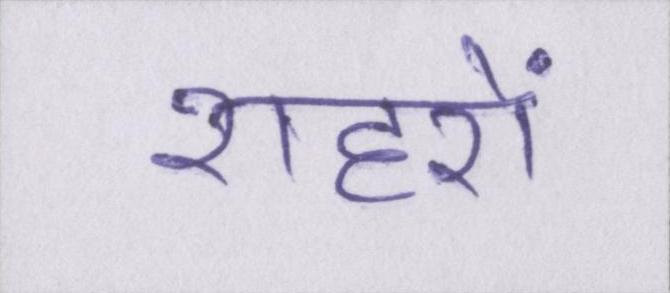
शहरों